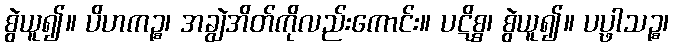
စွဲယူ၍။ ပိဟကဉ္စ၊ အချွဲအိတ်ကိုလည်းကောင်း။ ပဋိစ္စ၊ စွဲယူ၍။ ပပ္ဖါသဉ္စ၊